Vaccination in Bombay 1863-1868 - 1863-1868
Year: 1863
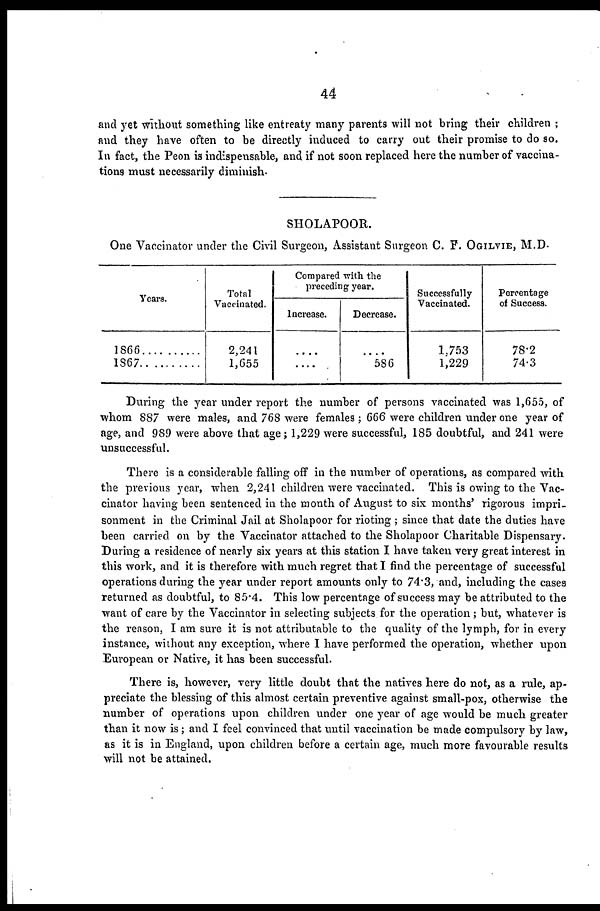
44
and yet without something like entreaty many parents will not bring their children ;
and they have often to be directly induced to carry out their promise to do so.
In fact, the Peon is indispensable, and if not soon replaced here the number of vaccina-
tions must necessarily diminish.
SHOLAPOOR.
One Vaccinator under the Civil Surgeon, Assistant Surgeon C. F. OGILVIE, M.D.
Years.
1866
1867
Total
Vaccinated.
2,241
1,655
Compared with the
preceding year.
Increase.
....
....
Decrease.
....
586
Successfully
Vaccinated.
1.753
1,229
Percentage
of Success.
78.2
74.3
During the year under report the number of persons vaccinated was 1,655, of
whom 887 were males, and 768 were females ; 666 were children under one year of
age, and 989 were above that age ; 1,229 were successful, 185 doubtful, and 241 were
unsuccessful.
There is a considerable falling off in the number of operations, as compared with
the previous year, when 2,241 children were vaccinated. This is owing to the Vac-
cinator having been sentenced in the month of August to six months' rigorous impri-
sonment in the Criminal Jail at Sholapoor for rioting; since that date the duties have
been carried on by the Vaccinator attached to the Sholapoor Charitable Dispensary.
During a residence of nearly six years at this station I have taken very great interest in
this work, and it is therefore with much regret that I find the percentage of successful
operations during the year under report amounts only to 74.3, and, including the cases
returned as doubtful, to 85.4. This low percentage of success may be attributed to the
want of care by the Vaccinator in selecting subjects for the operation; but, whatever is
the reason, I am sure it is not attributable to the quality of the lymph, for in every
instance, without any exception, where I have performed the operation, whether upon
European or Native, it has been successful.
There is, however, very little doubt that the natives here do not, as a rule, ap-
preciate the blessing of this almost certain preventive against small-pox, otherwise the
number of operations upon children under one year of age would be much greater
than it now is ; and I feel convinced that until vaccination be made compulsory by law,
as it is in England, upon children before a certain age, much more favourable results
will not be attained.